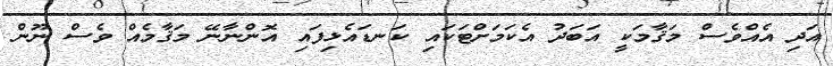
އަދި އެއްވެސް މަޤާމަކީ އަބަދު އެކަމަށްޓަކައި ކަނޑައެޅިފައި އޮންނާނޭ މަޤާމެއް ވެސް ނޫން